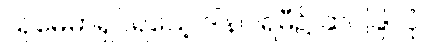
သုမေဓာရှင်ရသေ့ ဒါနပါရမီ၌ ဆင်ခြင်ပုံ။